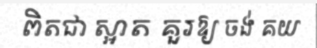
ពិតជា ស្អាត គួរឱ្យ ចង់ គយ